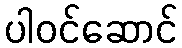
ပါဝင်ဆောင်